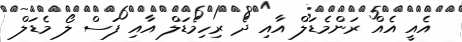
އެއީ އެއް ރަންމެޑަލް އާއި ދެ ރިހިމެޑަލް އާއި ފަސް ލޯ މެޑަލް